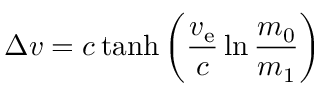
\Delta v = c \operatorname { t a n h } \left( { \frac { v _ { \mathrm { e } } } { c } } \ln { \frac { m _ { 0 } } { m _ { 1 } } } \right)